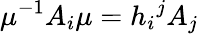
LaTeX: \mu^{-1}A_{i}\mu=h_{i}{}^{j}A_{j}